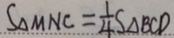
S _ { \Delta M N C } = \frac { 1 } { 4 } S _ { \Delta B C D }